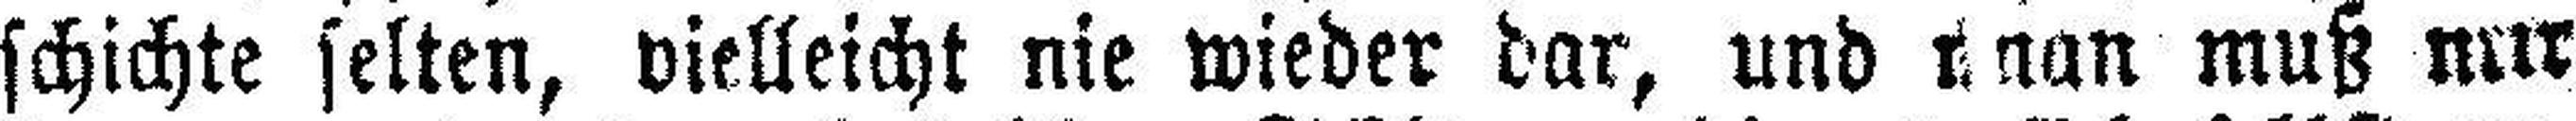
schichte selten, vielleicht nie wieder dar, und man muß nur